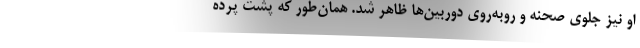
او نیز جلوی صحنه و روبه‌روی دوربین‌ها ظاهر شد. همان‌طور که پشت پرده